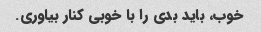
خوب، باید بدی را با خوبی کنار بیاوری.